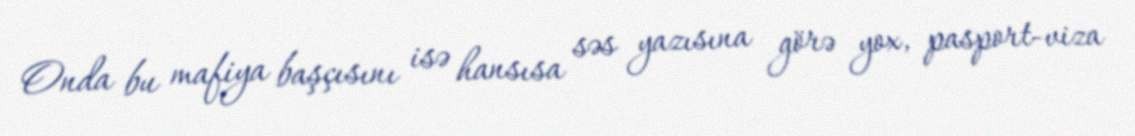
Onda bu mafiya başçısını isə hansısa səs yazısına görə yox, pasport-viza